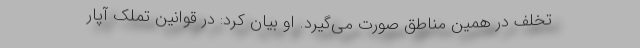
تخلف در همین مناطق صورت می‌گیرد. او بیان کرد: در قوانین تملک آپار